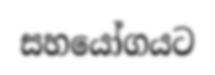
සහයෝගයට